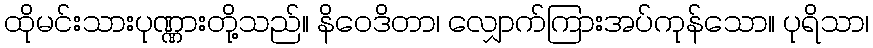
ထိုမင်းသားပုဏ္ဏားတို့သည်။ နိဝေဒိတာ၊ လျှောက်ကြားအပ်ကုန်သော။ ပုရိသာ၊